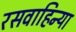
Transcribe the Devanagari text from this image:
रसवाहिन्या